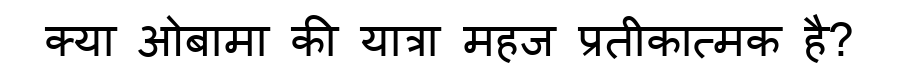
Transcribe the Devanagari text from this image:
क्या ओबामा की यात्रा महज प्रतीकात्मक है?